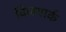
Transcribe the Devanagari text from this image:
विजयार्क